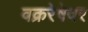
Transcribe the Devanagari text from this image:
वक्ररेषेवर